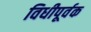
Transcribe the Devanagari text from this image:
विधीपूर्वक